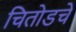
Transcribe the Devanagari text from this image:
चितोडचे